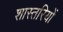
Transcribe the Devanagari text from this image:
शास्तरियों